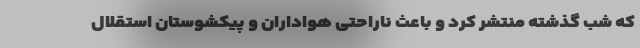
که شب گذشته منتشر کرد و باعث ناراحتی هواداران و پیکشوستان استقلال